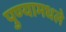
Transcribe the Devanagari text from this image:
पुण्यामधले